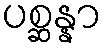
ပစ္ဆန္နာ